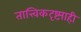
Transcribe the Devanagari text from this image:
तात्त्विकदृष्ट्याही